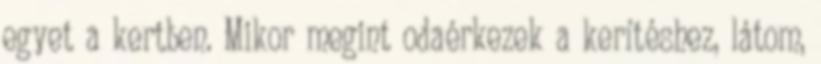
egyet a kertben. Mikor megint odaérkezek a kerítéshez, látom,